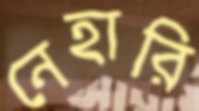
নেহারি